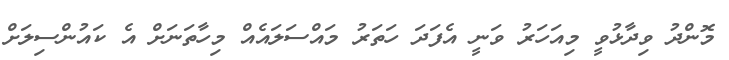
މޮންދު ވިދާޅުވީ މިއަހަރު ވަނީ އެފަދަ ހަތަރު މައްސަލައެއް މިހާތަނަށް އެ ކައުންސިލަށް